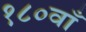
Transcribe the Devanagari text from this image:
१८०वाँ